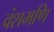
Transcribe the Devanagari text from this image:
वंशमणि